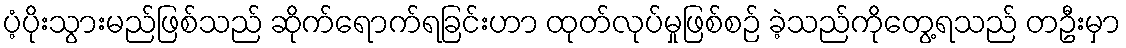
ပံ့ပိုးသွားမည်ဖြစ်သည် ဆိုက်ရောက်ရခြင်းဟာ ထုတ်လုပ်မှုဖြစ်စဉ် ခဲ့သည်ကိုတွေ့ရသည် တဦးမှာ